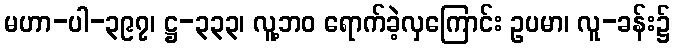
မဟာ-ပါ-၃၉၇၊ ဋ္ဌ-၃၃၃၊ လူ့ဘဝ ရောက်ခဲ့လှကြောင်း ဥပမာ၊ လူ-ခန်း၌